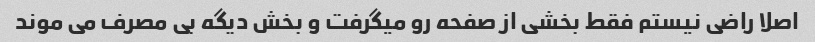
اصلا راضی نیستم فقط بخشی از صفحه رو میگرفت و بخش دیگه بی مصرف می موند